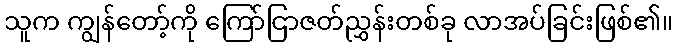
သူက ကျွန်တော့်ကို ကြော်ငြာဇတ်ညွှန်းတစ်ခု လာအပ်ခြင်းဖြစ်၏။